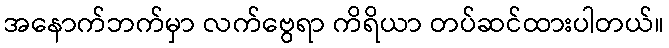
အနောက်ဘက်မှာ လက်ဗွေရာ ကိရိယာ တပ်ဆင်ထားပါတယ်။